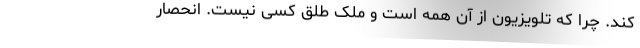
کند. چرا که تلویزیون از آنِ همه است و مِلکِ طِلقِ کسی نیست. انحصار